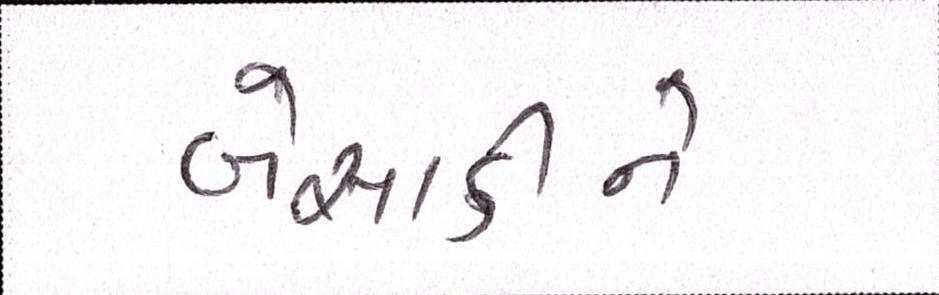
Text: બેસાડીને